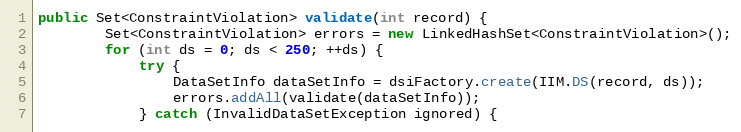
Language: Java
public Set<ConstraintViolation> validate(int record) {
		Set<ConstraintViolation> errors = new LinkedHashSet<ConstraintViolation>();
		for (int ds = 0; ds < 250; ++ds) {
			try {
				DataSetInfo dataSetInfo = dsiFactory.create(IIM.DS(record, ds));
				errors.addAll(validate(dataSetInfo));
			} catch (InvalidDataSetException ignored) {